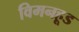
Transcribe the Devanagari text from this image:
विमनहूड